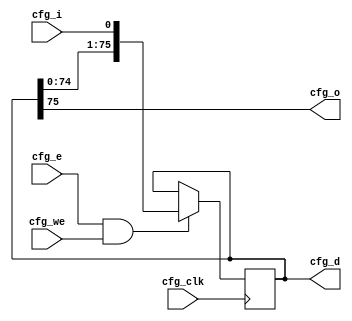
// Automatically generated by PRGA's RTL generator
module cfg_bitchain76 (
    input wire [0:0] cfg_clk,
    input wire [0:0] cfg_e,
    input wire [0:0] cfg_we,
    input wire [0:0] cfg_i,
    output reg [0:0] cfg_o,
    output reg [75:0] cfg_d
    );

    // combinational outputs
    always @* begin
        cfg_o = cfg_d[75];
    end

    always @(posedge cfg_clk) begin
        if (cfg_e && cfg_we) begin
            cfg_d <= {cfg_d, cfg_i};
        end
    end

endmodule